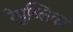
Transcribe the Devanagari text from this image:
रेपुब्लिका